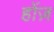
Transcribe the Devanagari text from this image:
होंज़